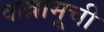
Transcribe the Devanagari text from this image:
कन्नामूची